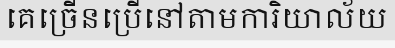
គេច្រើនប្រើនៅតាមការិយាល័យ